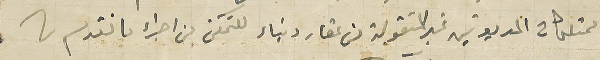
ممتلكات المديونين غير المنقولة من عقار وبناء للتمكن من اجراء ما تقدم ما